Relation of titanus [i.e. tetanus] to the hypodermic or intramuscular injection of quinine - Number 43
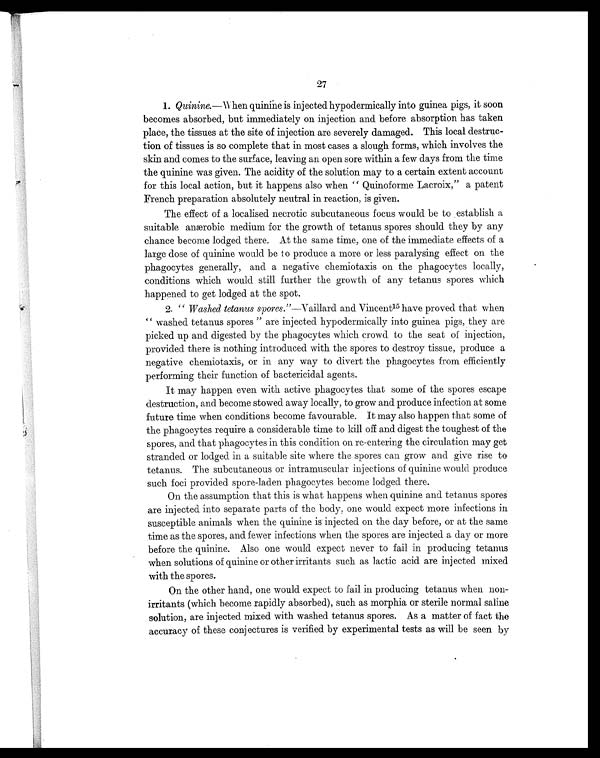
27
1.
Quinine.—When quinine is injected hypodermically into guinea pigs, it soon
becomes absorbed, but immediately on injection and before absorption has taken
place, the tissues at the site of injection are severely damaged. This local destruc-
tion of tissues is so complete that in most cases a slough forms, which involves the
skin and comes to the surface, leaving an open sore within a few days from the time
the quinine was given. The acidity of the solution may to a certain extent account
for this local action, but it happens also when "Quinoforme Lacroix," a patent
French preparation absolutely neutral in reaction, is given.
The effect of a localised necrotic subcutaneous focus would be to establish a
suitable anærobic medium for the growth of tetanus spores should they by any
chance become lodged there. At the same time, one of the immediate effects of a
large dose of quinine would be to produce a more or less paralysing effect on the
phagocytes generally, and a negative chemiotaxis on the phagocytes locally,
conditions which would still further the growth of any tetanus spores which
happened to get lodged at the spot.
2. "Washed tetanus spores."—Vaillard and Vincent 15 have proved that when
"washed tetanus spores" are injected hypodermically into guinea pigs, they are
picked up and digested by the phagocytes which crowd to the seat of injection,
provided there is nothing introduced with the spores to destroy tissue, produce a
negative chemiotaxis, or in any way to divert the phagocytes from efficiently
performing their function of bactericidal agents.
It may happen even with active phagocytes that some of the spores escape
destruction, and become stowed away locally, to grow and produce infection at some
future time when conditions become favourable. It may also happen that some of
the phagocytes require a considerable time to kill off and digest the toughest of the
spores, and that phagocytes in this condition on re-entering the circulation may get
stranded or lodged in a suitable site where the spores can grow and give rise to
tetanus. The subcutaneous or intramuscular injections of quinine would produce
such foci provided spore-laden phagocytes become lodged there.
On the assumption that this is what happens when quinine and tetanus spores
are injected into separate parts of the body, one would expect more infections in
susceptible animals when the quinine is injected on the day before, or at the same
time as the spores, and fewer infections when the spores are injected a day or more
before the quinine. Also one would expect never to fail in producing tetanus
when solutions of quinine or other irritants such as lactic acid are injected mixed
with the spores.
On the other hand, one would expect to fail in producing tetanus when non-
irritants (which become rapidly absorbed), such as morphia or sterile normal saline
solution, are injected mixed with washed tetanus spores. As a matter of fact the
accuracy of these conjectures is verified by experimental tests as will be seen by